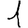
Digit: 1